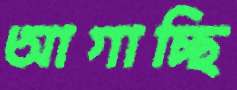
আগাচ্ছি